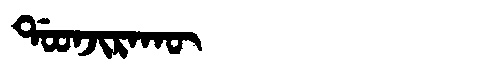
Manchu: ᡩᠣᠣᠨᠵᡳᡵᠠᡴᡡ
Romanization: DOONJIRAKŪ